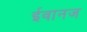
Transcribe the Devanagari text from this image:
ईवानज